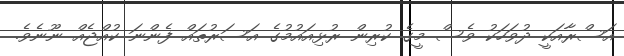
އަސްރާއަކީ ދުވަހަކު ވެސް މީގެ ކުރިން ރުޅިއައުމުގެ އަސަރުތައް ފެންނަ ކުއްޖެއް ނޫނެވެ.